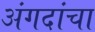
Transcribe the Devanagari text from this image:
अंगदांचा